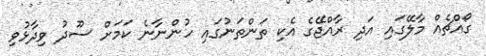
ގޯއްޗެއް މާލޭގައި އަދި ރާއްޖޭގެ އެކި ތަންތަނުގައި ހުންނާނެ ކަމަށް ސޫދު ވިދާޅުވި